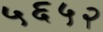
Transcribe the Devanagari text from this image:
५६५२